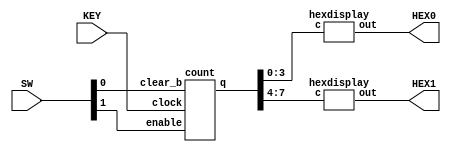
module counter(SW, KEY, HEX0, HEX1);
	input [1:0] SW;
	input [0:0] KEY;
	output [6:0] HEX0, HEX1;
	
	wire [7:0] out;
	
	count c0(SW[1], KEY[0], SW[0], out);
	hexdisplay h0(out[3:0], HEX0);
	hexdisplay h1(out[7:4], HEX1);
	
endmodule

module count(enable, clock, clear_b, q);
	input enable, clock, clear_b;
	output [7:0] q;
	
	wire w6, w5, w4, w3, w2, w1, w0;
	
	assign w1 = enable & q[0];
	assign w2 = w1 & q[1];
	assign w3 = w2 & q[2];
	assign w4 = w3 & q[3];
	assign w5 = w4 & q[4];
	assign w6 = w5 & q[5];
	assign w7 = w6 & q[6];
	
	t_flipflop t0(enable, clock, clear_b, q[0]);
	t_flipflop t1(w1, clock, clear_b, q[1]);
	t_flipflop t2(w2, clock, clear_b, q[2]);
	t_flipflop t3(w3, clock, clear_b, q[3]);
	t_flipflop t4(w4, clock, clear_b, q[4]);
	t_flipflop t5(w5, clock, clear_b, q[5]);
	t_flipflop t6(w6, clock, clear_b, q[6]);
	t_flipflop t7(w7, clock, clear_b, q[7]);
	
endmodule

module t_flipflop(t, clock, reset, q);
	input t, clock, reset;
	output q;
	reg q;
	
	always @(posedge clock, negedge reset)
	begin
		if (reset == 1'b0)
			q <= 0;
		else if (t == 1'b0)
			q <= q;
		else
			q <= ~q;
	end
	
endmodule

module hexdisplay(c, out);
	input [3:0] c;		// binary representation of the character to be shown
	output [6:0] out; // each segment in the 7-seg display
	
	//setting each segment to on/off individually
	assign out[0] = ~c[3] & ~c[2] & ~c[1] & c[0] |
						~c[3] & c[2] & ~c[1] & ~c[0] |
						c[3] & ~c[2] & c[1] & c[0] |
						c[3] & c[2] & ~c[1] & c[0];
						
	assign out[1] = ~c[3] & c[2] & ~c[1] & c[0] |
						 c[3] & c[2] & ~c[0] |
						 c[2] & c[1] & ~c[0] |
						 c[3] & c[1] & c[0];
						 
	assign out[2] = ~c[3] & ~c[2] & c[1] & ~c[0] |
						 c[3] & c[2] & ~c[0] |
						 c[3] & c[2] & c[1];
	
	assign out[3] = ~c[3] & c[2] & ~c[1] & ~c[0] |
						 c[3] & ~c[2] & c[1] & ~c[0] |
						 c[2] & c[1] & c[0] |
						 ~c[2] & ~c[1] & c[0];
	
	assign out[4] = ~c[3] & c[0] |
						 ~c[3] & c[2] & ~c[1] |
						 ~c[2] & ~c[1] & c[0]; 
	
	assign out[5] = ~c[3] & ~c[2] & c[0] |
						 ~c[3] & c[1] & c[0] |
						 ~c[3] & ~c[2] & c[1] |
						 c[3] & c[2] & ~c[1] & c[0];
	
	assign out[6] = ~c[3] & ~c[2] & ~c[1] |
						 c[3] & c[2] & ~c[1] & ~c[0] |
				       ~c[3] & c[2] & c[1] & c[0];
						 
endmodule